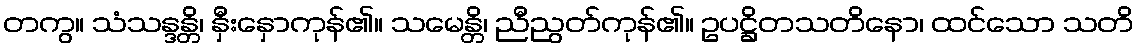
တကွ။ သံသန္ဒန္တိ၊ နှီးနှောကုန်၏။ သမေန္တိ၊ ညီညွတ်ကုန်၏။ ဥပဋ္ဌိတသတိနော၊ ထင်သော သတိ